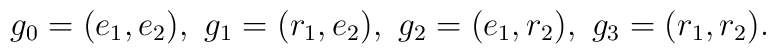
g_0=(e_1,e_2), \ g_1=(r_1,e_2), \ g_2=(e_1,r_2), \ g_3=(r_1,r_2).